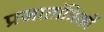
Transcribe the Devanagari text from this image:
प्रजातांत्रिकों